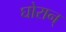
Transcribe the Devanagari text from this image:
घोरान्